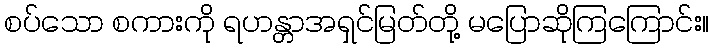
စပ်သော စကားကို ရဟန္တာအရှင်မြတ်တို့ မပြောဆိုကြကြောင်း။